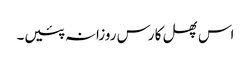
اس پھل کا رس روزانہ پئیں۔